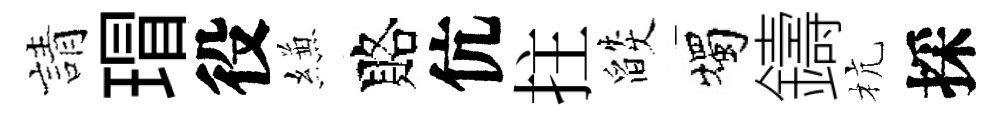
請瑁役縑賂伉拄燄燭鑄杭採